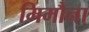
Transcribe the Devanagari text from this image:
मिमौना